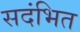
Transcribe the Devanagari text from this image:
सदंभित